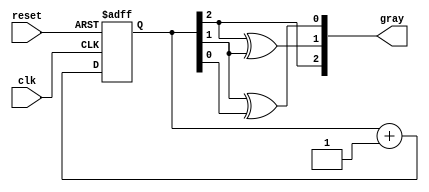
module gray_code_async_counter (
    input wire clk,          // Clock input
    input wire reset,        // Asynchronous reset
    output reg [2:0] gray    // 3-bit Gray code output
);

// Internal signals for the binary count
reg [2:0] binary_count;

// Asynchronous reset and binary counting logic
always @(posedge clk or posedge reset) begin
    if (reset) begin
        binary_count <= 3'b000; // Reset to 0
    end else begin
        binary_count <= binary_count + 1; // Increment binary count
    end
end

// Gray code conversion logic
always @(binary_count) begin
    gray[2] = binary_count[2]; // MSB remains the same
    gray[1] = binary_count[2] ^ binary_count[1]; // XOR for Gray code
    gray[0] = binary_count[1] ^ binary_count[0]; // XOR for Gray code
end

endmodule